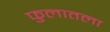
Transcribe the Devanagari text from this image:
फुलातला